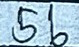
56